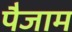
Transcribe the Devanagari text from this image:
पैजाम